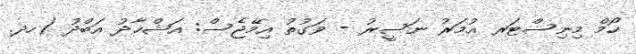
ހޯމް މިނިސްޓަރ އުމަރު ނަސީރު - ވަގުތު އިމޭޖެސް: އަޝްހާދު އަބްދު (ހދ.